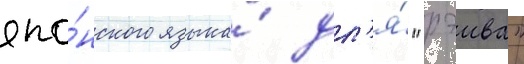
япо́нского языка́ дл'я́ "рэива"